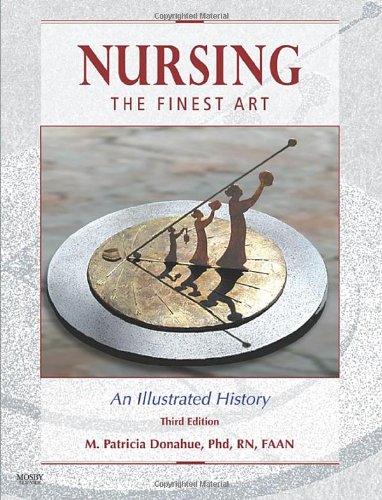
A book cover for Nursing, The Finest Art: An Illustrated History, 3rd Edition; M. Patricia Donahue PhD  RN  FAAN; Medical Books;